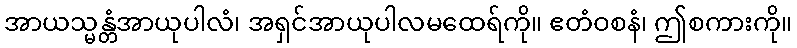
အာယသ္မန္တံအာယုပါလံ၊ အရှင်အာယုပါလမထေရ်ကို။ ဧတံဝစနံ၊ ဤစကားကို။